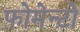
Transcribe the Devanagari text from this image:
फोमेन्टो